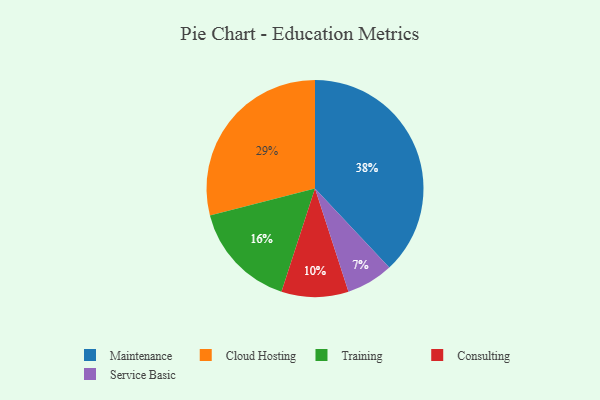
{"axis": {"x": "Category", "y": "Percentage"}, "legend": ["Cloud Hosting", "Consulting", "Maintenance", "Service Basic", "Training"], "data": [{"x": "Maintenance", "y": 38, "type": "Maintenance"}, {"x": "Consulting", "y": 10, "type": "Consulting"}, {"x": "Cloud Hosting", "y": 29, "type": "Cloud Hosting"}, {"x": "Service Basic", "y": 7, "type": "Service Basic"}, {"x": "Training", "y": 16, "type": "Training"}]}